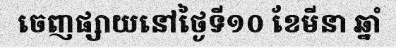
ចេញផ្សាយនៅថ្ងៃទី១០ ខែមីនា ឆ្នាំ